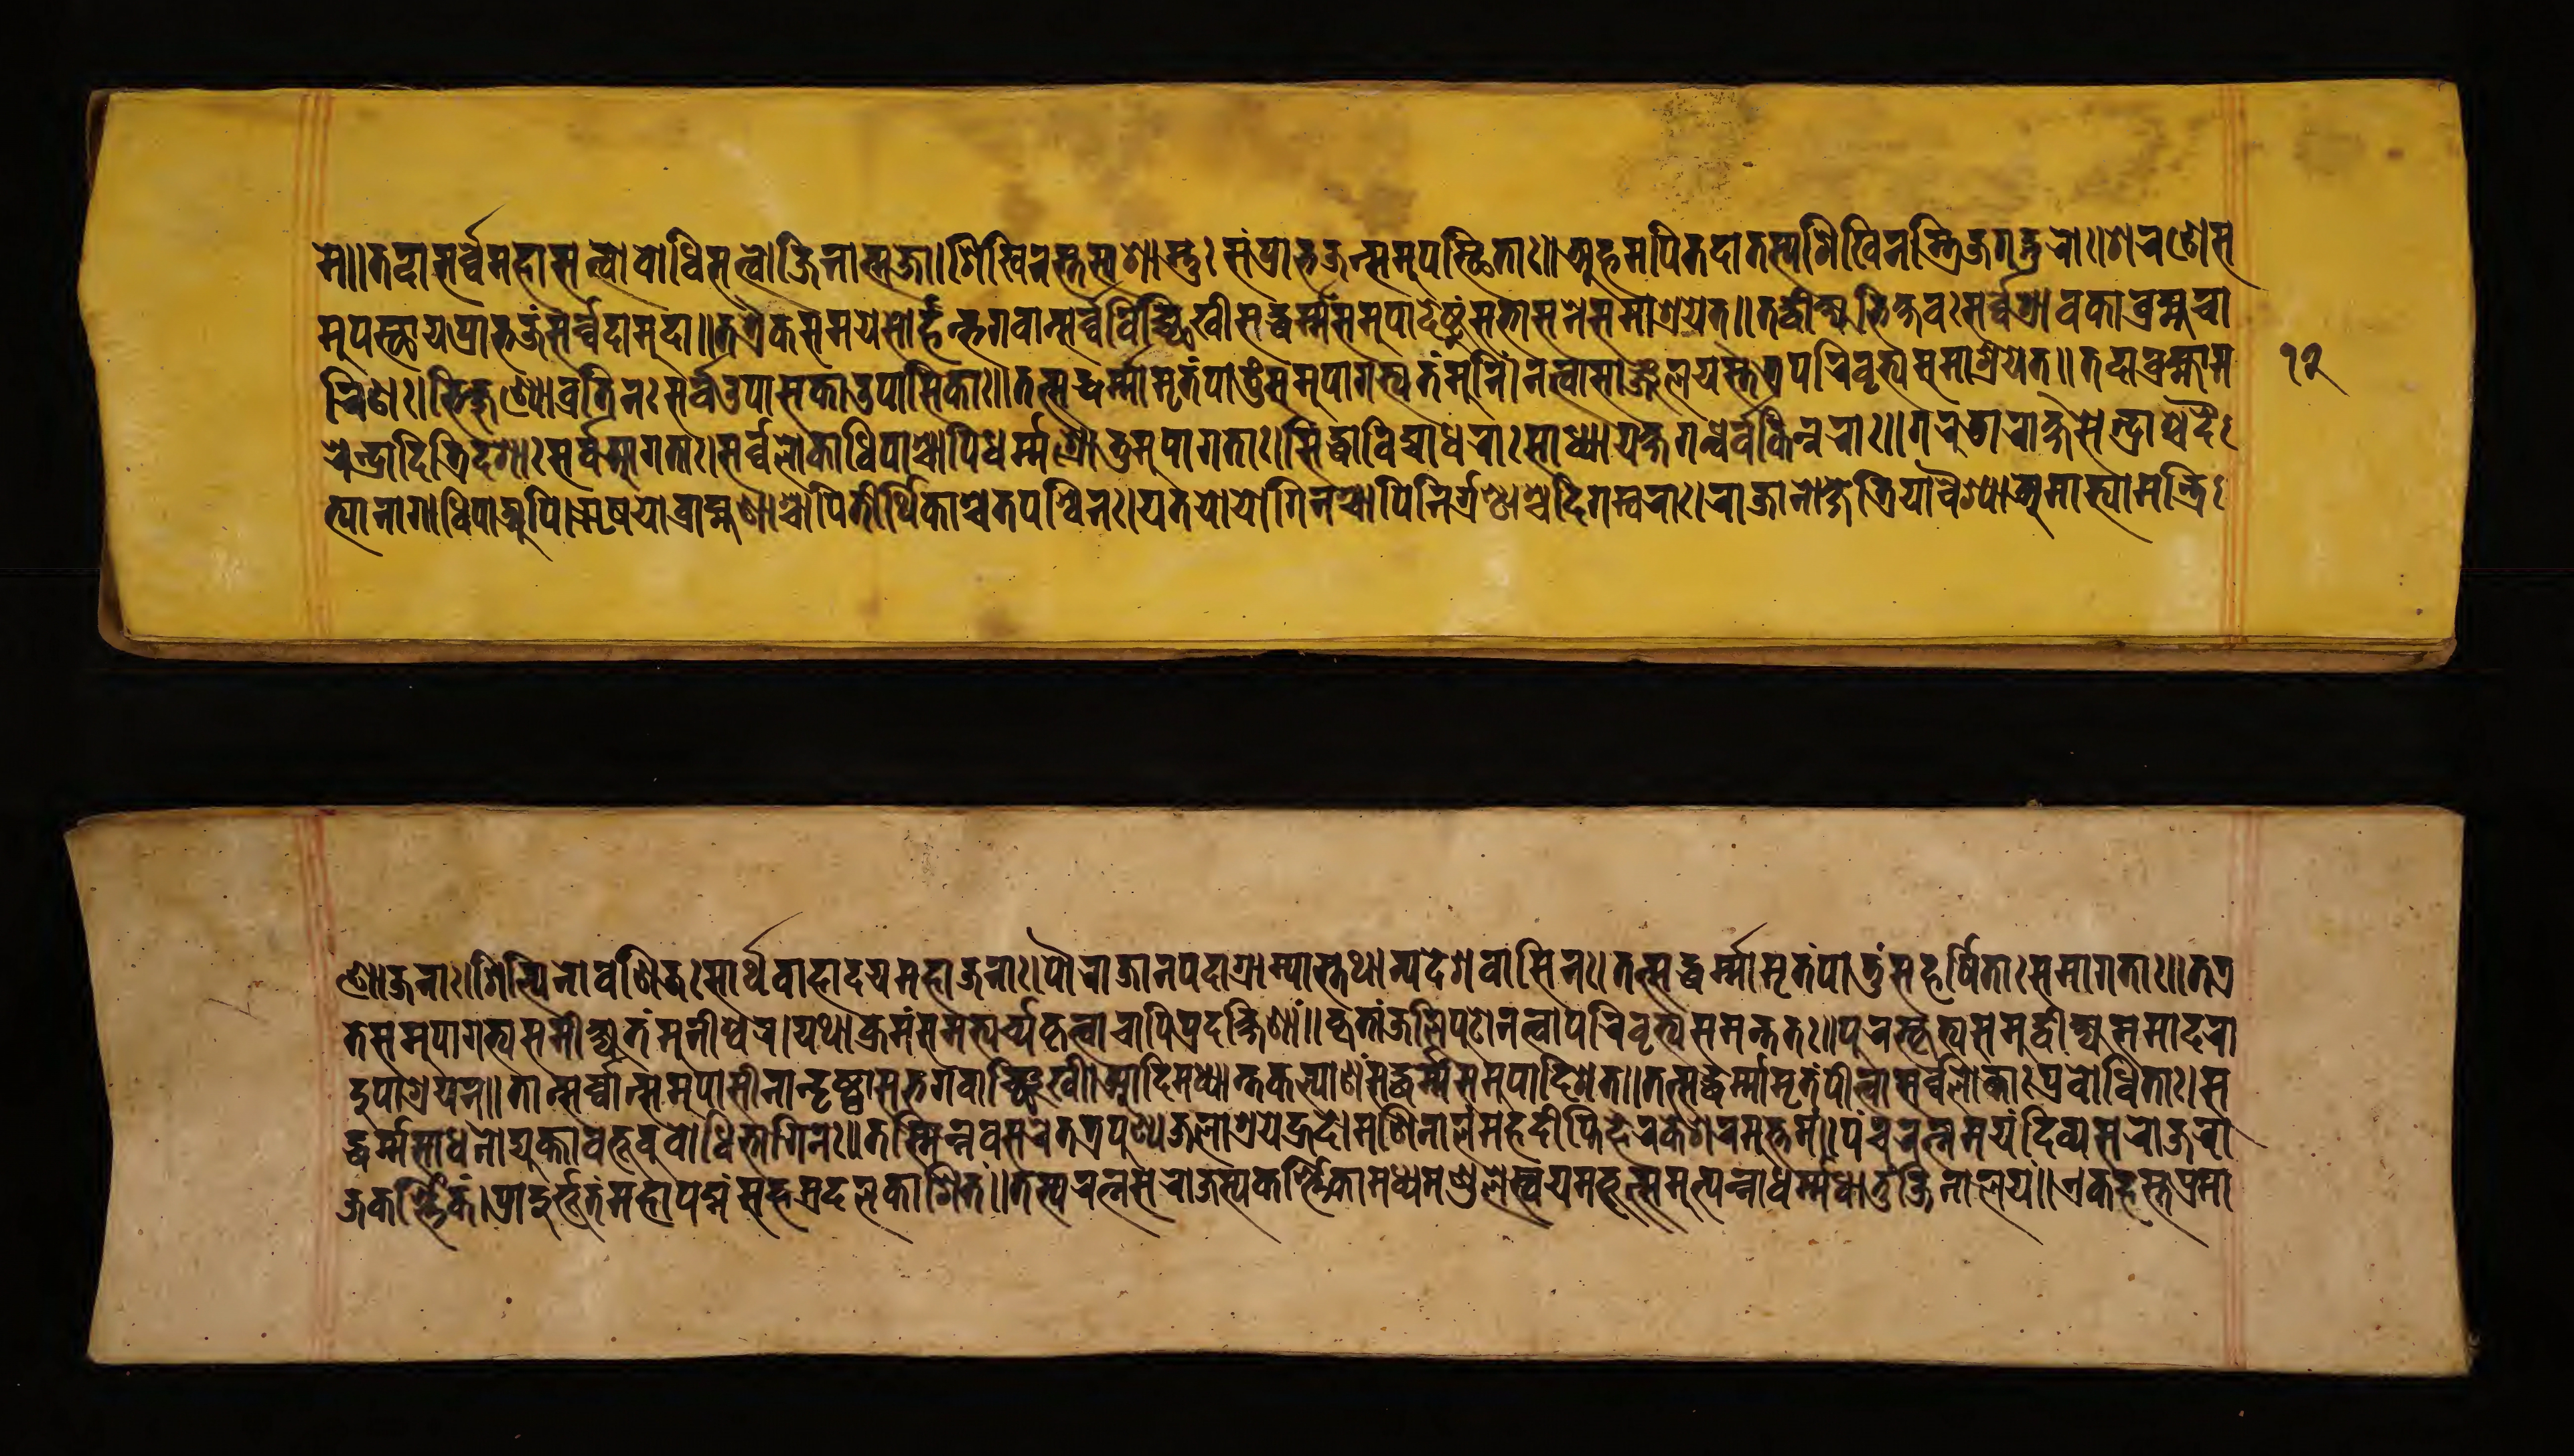
𑐩𑐾॥𑐟𑐡𑐵𑐳𑐬𑑂𑐰𑐾𑐩𑐴𑐵𑐳𑐟𑑂𑐟𑑂𑐰𑐵𑐧𑑀𑐢𑐶𑐳𑐟𑑂𑐟𑑂𑐰𑐵𑐖𑐶𑐣𑐵𑐟𑑂𑐩𑐖𑐵।𑐱𑐶𑐏𑐶𑐣𑐳𑑂𑐟𑐳𑑂𑐫𑐱𑐵𑐳𑑂𑐟𑐸𑑅𑐳𑑄𑐥𑑂𑐬𑐵𑐨𑐖𑐣𑑂𑐳𑐩𑐸𑐥𑐳𑑂𑐠𑐶𑐟𑐵𑑅॥𑐀𑐴𑐩𑐥𑐶𑐟𑐡𑐵𑐟𑐳𑑂𑐫𑐱𑐶𑐏𑐶𑐣𑐳𑑂𑐟𑑂𑐬𑐶𑐖𑐐𑐡𑑂𑐐𑐸𑐬𑑀𑑅।𑐱𑐬𑐞𑐾𑐳 𑐩𑐸𑐥𑐳𑑂𑐠𑐵𑐫𑐥𑑂𑐬𑐵𑐨𑐖𑑄𑐳𑐬𑑂𑐰𑐡𑐵𑐩𑐸𑐡𑐵॥𑐟𑐟𑑂𑐬𑐿𑐎𑐳𑐩𑐫𑐾𑐳𑑀𑐬𑑂𑐴𑐣𑑂𑐨𑐐𑐰𑐵𑐣𑑂𑐳𑐬𑑂𑐰𑑂𑐰𑐰𑐶𑐔𑑂𑐕𑐶𑐏𑐷𑐳𑐡𑑂𑐢𑐬𑑂𑐩𑑂𑐩𑐳𑐩𑐸𑐥𑐵𑐡𑐾𑐲𑑂𑐚𑐸𑑄𑐳𑐨𑐵𑐳𑐣𑐾𑐳𑐩𑐵𑐱𑑂𑐬𑐫𑐾𑐟𑑂॥𑐟𑐡𑑂𑐰𑐷𑐎𑑂𑐲𑑂𑐫𑐨𑐶𑐎𑑂𑐲𑐰𑑅𑐳𑐬𑑂𑐰𑑂𑐰𑐾𑐱𑑂𑐬𑐵𑐰𑐎𑐵𑐧𑑂𑐬𑐴𑑂𑐩𑐔𑐵 𑐬𑐶𑐞𑑅।𑐨𑐶𑐎𑑂𑐲𑐸𑐞𑑂𑐫𑑀𑐰𑑂𑐬𑐟𑐶𑐣𑑅𑐳𑐬𑑂𑐰𑐾𑐄𑐥𑐵𑐳𑐎𑐵𑐄𑐥𑐵𑐳𑐶𑐎𑐵𑑅॥𑐟𑐟𑑂𑐳𑐡𑑂𑐢𑐬𑑂𑐩𑑂𑐩𑐵𑐩𑐺𑐟𑑄𑐥𑐵𑐟𑐸𑑄𑐳𑐩𑐸𑐥𑐵𑐐𑐟𑑂𑐫𑐟𑑄𑐩𑐸𑐣𑐶𑑄।𑐣𑐟𑑂𑐰𑐵𑐳𑐵𑐘𑑂𑐖𑐮𑐫𑐳𑑂𑐟𑐟𑑂𑐬𑐥𑐬𑐶𑐰𑐺𑐟𑑂𑐫𑐳𑐩𑐵𑐱𑑂𑐬𑐫𑐾𑐟𑑂॥𑐟𑐡𑐵𑐧𑑂𑐬𑐴𑑂𑐩𑐵𑐩 𑐬𑐾𑐣𑑂𑐡𑑂𑐬𑐵𑐡𑐶𑐟𑑂𑐬𑐶𑐡𑐱𑐵𑑅𑐳𑐬𑑂𑐰𑐾𑐁𑐐𑐟𑐵𑑅।𑐳𑐬𑑂𑐰𑑂𑐰𑐾𑐮𑑀𑐎𑐵𑐢𑐶𑐥𑐵𑐱𑑂𑐔𑐵𑐥𑐶𑐢𑐬𑑂𑐩𑐱𑑂𑐬𑑀𑐟𑐸𑐩𑐸𑐥𑐵𑐐𑐟𑐵𑑅।𑐳𑐶𑐡𑑂𑐢𑐵𑐰𑐶𑐡𑑂𑐫𑐵𑐢𑐬𑐵𑑅𑐳𑐵𑐢𑑂𑐫𑐵𑐫𑐎𑑂𑐲𑐐𑐣𑑂𑐢𑐬𑑂𑐰𑐎𑐶𑐣𑑂𑐣𑐬𑐵𑑅॥𑐐𑐬𑐸𑐜𑐵𑐬𑐵𑐎𑑂𑐲𑐳𑐾𑐣𑑂𑐡𑑂𑐬𑐵𑐱𑑂𑐔𑐡𑐿 𑐟𑑂𑐫𑐵𑐣𑐵𑐐𑐵𑐢𑐶𑐥𑐵𑐀𑐥𑐶।𑐆𑐲𑐫𑑀𑐧𑑂𑐬𑐵𑐴𑑂𑐩𑐞𑐵𑐱𑑂𑐔𑐵𑐥𑐶𑐟𑐷𑐬𑑂𑐠𑐶𑐎𑐵𑐱𑑂𑐔𑐵𑐟𑐥𑐶𑐳𑑂𑐰𑐶𑐣𑑅।𑐫𑐟𑐫𑑀𑐫𑑀𑐐𑐶𑐣𑐱𑑂𑐔𑐵𑐥𑐶𑐣𑐶𑐬𑑂𑐐𑑂𑐬𑐣𑑂𑐠𑐵𑐱𑑂𑐔𑐡𑐶𑐐𑐩𑑂𑐧𑐬𑐵𑑅।𑐬𑐵𑐖𑐵𑐣𑑀𑐎𑑂𑐲𑐟𑑂𑐬𑐶𑐫𑐵𑐰𑐿𑐱𑑂𑐫𑐵𑐀𑐩𑐵𑐟𑑂𑐫𑐵𑐩𑐣𑑂𑐟𑑂𑐬𑐶 𑐞𑑀𑐖𑐣𑐵𑑅।𑐱𑐶𑐮𑑂𑐥𑐶𑐣𑑀𑐰𑐞𑐶𑐖𑑅𑐳𑐵𑐬𑑂𑐠𑐰𑐵𑐴𑐵𑐡𑐫𑐩𑐴𑐵𑐖𑐣𑐵𑑅।𑐥𑑁𑐬𑐵𑐖𑐵𑐣𑐥𑐡𑐵𑐐𑑂𑐬𑐵𑐩𑑂𑐫𑐵𑐳𑑂𑐟𑐠𑐵𑐣𑑂𑐫𑐡𑐾𑐱𑐰𑐵𑐳𑐶𑐣𑑅॥𑐟𑐟𑑂𑐳𑐡𑑂𑐢𑐬𑑂𑐩𑐵𑐩𑐺𑐟𑑄𑐥𑐵𑐟𑐸𑑄𑐳𑐴𑐬𑑂𑐲𑐶𑐟𑐵𑑅𑐳𑐩𑐵𑐐𑐟𑐵𑑅॥𑐟𑐟𑑂𑐬 𑐟𑐾𑐳𑐩𑐸𑐥𑐵𑐐𑐟𑑂𑐫𑐳𑐩𑐷𑐎𑑂𑐲𑑂𑐫𑐟𑑄𑐩𑐸𑐣𑐷𑐱𑑂𑐰𑐬।𑐫𑐠𑐵𑐎𑑂𑐬𑐩𑑄𑐳𑐩𑐨𑑂𑐫𑐬𑑂𑐔𑑂𑐫𑐎𑐺𑐟𑑂𑐰𑐵𑐔𑐵𑐥𑐶𑐥𑑂𑐬𑐡𑐎𑑂𑐲𑐶𑐞𑐵𑑄॥𑐎𑐺𑐟𑑂𑐰𑐵𑐘𑑂𑐖𑐮𑐶𑐥𑐸𑐚𑑀𑐣𑐟𑑂𑐰𑐵𑐥𑐬𑐶𑐰𑐺𑐟𑑂𑐫𑐳𑐩𑐣𑑂𑐟𑐟𑑅॥𑐥𑐸𑐬𑐳𑑂𑐎𑐺𑐟𑑂𑐫𑐳𑐩𑐸𑐡𑑂𑐰𑐷𑐎𑑂𑐲𑑂𑐫𑐳𑐩𑐵𑐡𑐬𑐵 𑐡𑐸𑐥𑐵𑐱𑑂𑐬𑐫𑐣𑑂॥𑐟𑐵𑐣𑑂𑐳𑐬𑑂𑐰𑐵𑐣𑑂𑐳𑐩𑐸𑐥𑐵𑐳𑐷𑐣𑐵𑐣𑑂𑐡𑐺𑐲𑑂𑐚𑑂𑐰𑐵𑐳𑐨𑐐𑐰𑐵𑐘𑑂𑐕𑐶𑐏𑐷।𑐁𑐡𑐶𑐩𑐢𑑂𑐫𑐵𑐣𑑂𑐟𑐎𑐮𑑂𑐫𑐵𑐞𑑄𑐳𑐡𑑂𑐢𑐬𑑂𑐩𑐳𑐩𑐸𑐥𑐵𑐡𑐶𑐱𑐟𑑂॥𑐟𑐟𑑂𑐳𑐡𑑂𑐢𑐬𑑂𑐩𑐵𑐩𑐺𑐟𑑄𑐥𑐷𑐟𑑂𑐰𑐵𑐳𑐬𑑂𑐰𑐾𑐮𑑀𑐎𑐵𑑅𑐥𑑂𑐬𑐰𑑀𑐢𑐶𑐟𑐵𑑅।𑐳 𑐡𑑂𑐢𑐬𑑂𑐩𑐳𑐵𑐢𑐣𑑀𑐡𑑂𑐫𑐸𑐎𑑂𑐟𑐵𑐰𑐨𑐹𑐰𑐸𑐧𑑀𑐢𑐶𑐨𑐵𑐐𑐶𑐣𑑅॥𑐟𑐳𑑂𑐩𑐶𑐣𑑂𑐣𑐾𑐰𑐳𑐩𑐫𑐾𑐟𑐟𑑂𑐬𑐥𑐸𑐞𑑂𑐫𑐖𑐮𑐵𑐱𑑂𑐬𑐫𑐾𑐴𑑂𑐬𑐡𑐾।𑐩𑐞𑐶𑐣𑐵𑐮𑑄𑐩𑐴𑐡𑐷𑐥𑑂𑐟𑐶𑐴𑐷𑐬𑐎𑐾𑐱𑐬𑐩𑐸𑐟𑑂𑐟𑐩𑑄॥𑐥𑐘𑑂𑐔𑐬𑐟𑑂𑐣𑐩𑐫𑑄𑐡𑐶𑐰𑑂𑐫𑐳𑐬𑑀𑐖𑐬𑐵 𑐖𑐎𑐬𑑂𑐞𑑂𑐞𑐶𑐎𑑄।𑐥𑑂𑐬𑐵𑐡𑐸𑐬𑑂𑐨𑐹𑐟𑑄𑐩𑐴𑐵𑐥𑐡𑑂𑐩𑑄𑐳𑐴𑐳𑑂𑐬𑐡𑐮𑐎𑐵𑐱𑐶𑐟𑑄॥𑐟𑐳𑑂𑐫𑐬𑐟𑑂𑐣𑐳𑐬𑑀𑐖𑐳𑑂𑐫𑐎𑐬𑑂𑐞𑑂𑐞𑐶𑐎𑐵𑐩𑐢𑑂𑐫𑐩𑐞𑑂𑐜𑐮𑐾𑐳𑑂𑐰𑐫𑐩𑐨𑐹𑐟𑑂𑐳𑐩𑐸𑐟𑑂𑐥𑐣𑑂𑐣𑑀𑐢𑐬𑑂𑐩𑑂𑐩𑐢𑐵𑐟𑐸𑐬𑑂𑐖𑐶𑐣𑐵𑐮𑐫॥𑐊𑐎𑐴𑐳𑑂𑐟𑐥𑑂𑐬𑐩𑐵 𑑑𑑒